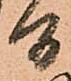
間